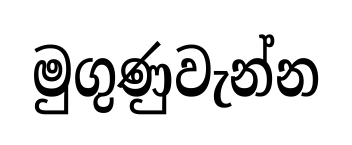
මුගුණුවැන්න